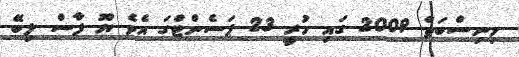
މިނިސްބަތް 2009 ގައި ހުރީ 23 ޕަސެންޓްގަ އެވެ ޔޫ ފާސް ލިބޭ